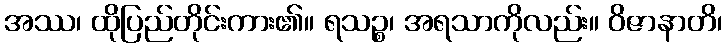
အဿ၊ ထိုပြည်တိုင်းကား၏။ ရသဉ္စ၊ အရသာကိုလည်း။ ဝိဇာနာတိ၊